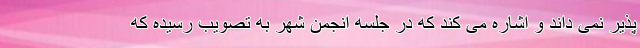
پذیر نمی داند و اشاره می کند که در جلسه انجمن شهر به تصویب رسیده که